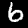
Digit: 6